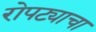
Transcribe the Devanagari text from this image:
रोपट्याचा